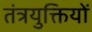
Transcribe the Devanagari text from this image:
तंत्रयुक्तियों